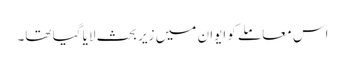
اس معاملے کو ایوان میں زیر بحث لایا گیا تھا۔